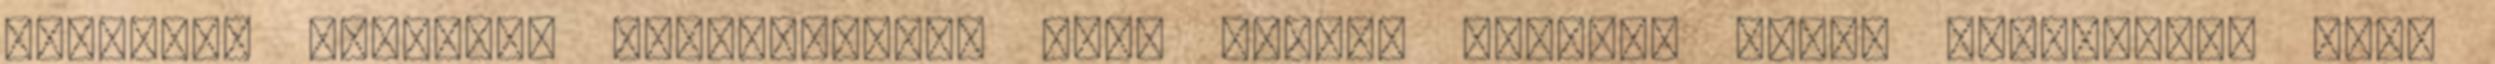
szárazon keverve, folyadékként ezen száraz keverék vizes oldásával. Hogy